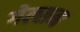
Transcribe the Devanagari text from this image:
गेल्सन